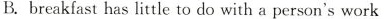
B. breakfast has little to do with a person's work